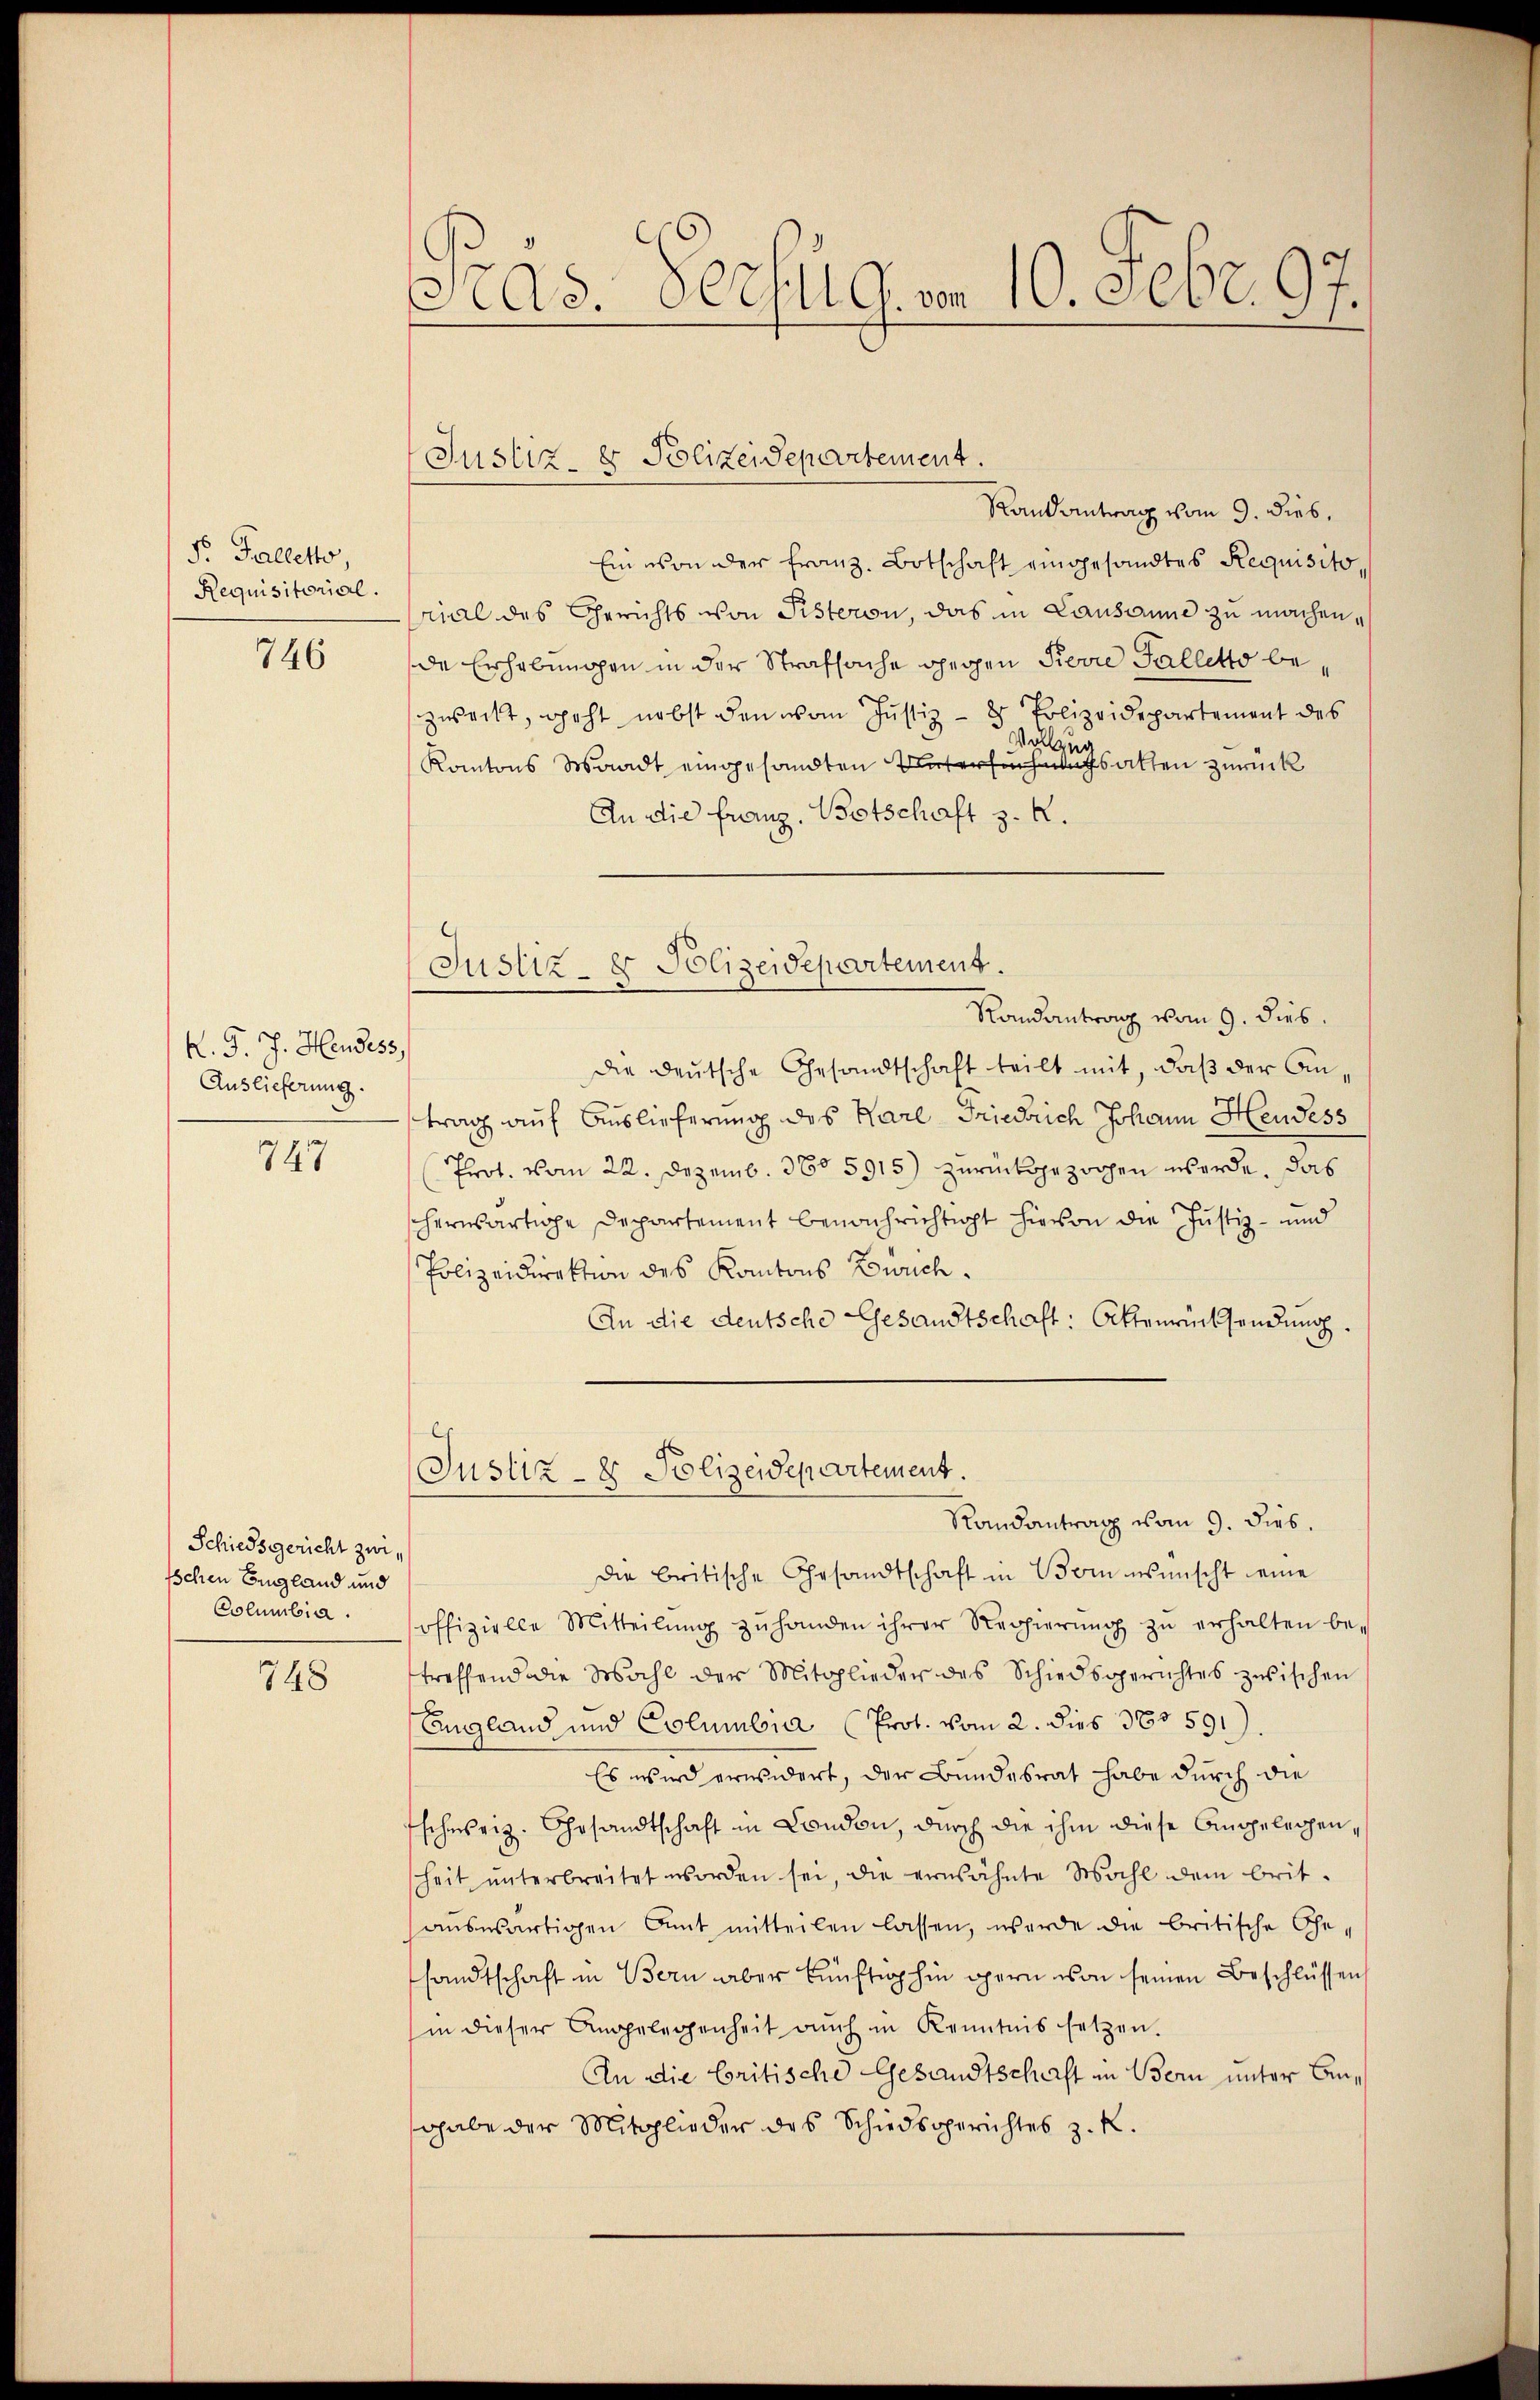
F. Falletto
Requisitorial.

746

K. G. J. Hendess
Auslieferung.

747

Schiedsgericht zur
Ischen England und
Columbia.

748

Pras. Vorzug, um 10. Febr. 97.

Justiz- & Polizeidepartement.

Justiz- & Polizeidepartement.

Randantrag vom 9. dies,
Ein von der Franz. Botschaft eingesandtes Requisito,
rial des Gerichts von Pisteron, das in Lausanne zu machen,
de Erhebungen in der Strafsache gegen Pierre Galletto bezweckt, geht nebst den von Justiz- & Polizeidepartement des
sallen
Kantons Waadt eingesandten Untersuchnatsalten zurück
An die franz, Botschaft z. R.
Randantrag vom 9. dies.
die deutsche Gesandtschaft teilt mit, daß der Antrag auf Auslieferung des Karl Friedrich Johann Hendess
Prot. vom 22. Dezemb. 360 5915) zurückgezogen werde. Das
scherwärtige Departement benachrichtigt hievon die Justiz- und
Polizeidirektion des Kantons Buch.
An die deutsche Gesandtschaft: Ottenrücksendung
Justiz- & Polizeidepartement.
Randantrag vom 9. dies.
die britische Gesandtschaft in Vom wünscht eine
offizielle Mitteilŭng zŭ handen ihrer Regierŭng zŭ erhalten be-
treffend die Wahl der Mitglieder des Schiedsgerichtes zwischen
England und Columbia (Prot. vom 2. dies 380 591)
Es wird erwidert, der Bundesrat habe durch die
schweiz. Gesandtschaft in London, durch die ihm diese Angelegenheit ŭnterbreitet worden sei, die erwähnte Wahl dem brit-
aŭswärtigen Amt mitteilen lassen, werde die britische Ge-
sandtschaft in Bern aber künftighin gern von seinen Beschlüssen
hin dieser Angelegenheit aŭch in Kenntnis setzen.
An die Critische Gesandtschaft in Bern unter Angabe der Mitglieder des Schiedsgerichtes z. K.